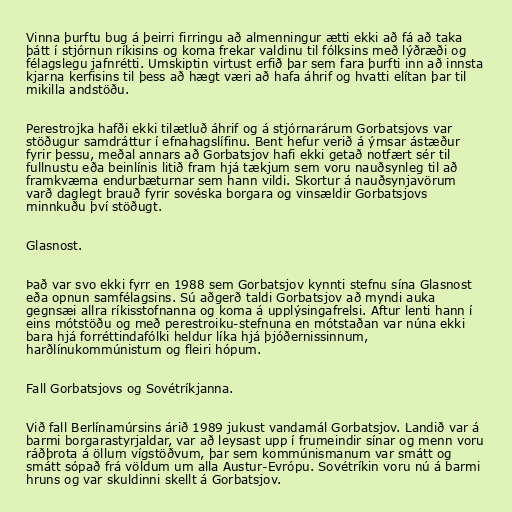
Vinna þurftu bug á þeirri firringu að almenningur ætti ekki að fá að taka
þátt í stjórnun ríkisins og koma frekar valdinu til fólksins með lýðræði og
félagslegu jafnrétti. Umskiptin virtust erfið þar sem fara þurfti inn að innsta
kjarna kerfisins til þess að hægt væri að hafa áhrif og hvatti elítan þar til
mikilla andstöðu.

Perestrojka hafði ekki tilætluð áhrif og á stjórnarárum Gorbatsjovs var
stöðugur samdráttur í efnahagslífinu. Bent hefur verið á ýmsar ástæður
fyrir þessu, meðal annars að Gorbatsjov hafi ekki getað notfært sér til
fullnustu eða beinlínis litið fram hjá tækjum sem voru nauðsynleg til að
framkvæma endurbæturnar sem hann vildi. Skortur á nauðsynjavörum
varð daglegt brauð fyrir sovéska borgara og vinsældir Gorbatsjovs
minnkuðu því stöðugt.

Glasnost.

Það var svo ekki fyrr en 1988 sem Gorbatsjov kynnti stefnu sína Glasnost
eða opnun samfélagsins. Sú aðgerð taldi Gorbatsjov að myndi auka
gegnsæi allra ríkisstofnanna og koma á upplýsingafrelsi. Aftur lenti hann í
eins mótstöðu og með perestroiku-stefnuna en mótstaðan var núna ekki
bara hjá forréttindafólki heldur líka hjá þjóðernissinnum,
harðlínukommúnistum og fleiri hópum.

Fall Gorbatsjovs og Sovétríkjanna.

Við fall Berlínamúrsins árið 1989 jukust vandamál Gorbatsjov. Landið var á
barmi borgarastyrjaldar, var að leysast upp í frumeindir sínar og menn voru
ráðþrota á öllum vígstöðvum, þar sem kommúnismanum var smátt og
smátt sópað frá völdum um alla Austur-Evrópu. Sovétríkin voru nú á barmi
hruns og var skuldinni skellt á Gorbatsjov.